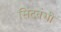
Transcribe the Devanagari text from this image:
सिंदवंशी